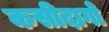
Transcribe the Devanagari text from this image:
कसीदागो